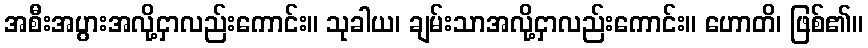
အစီးအပွားအလို့ငှာလည်းကောင်း။ သုခါယ၊ ချမ်းသာအလို့ငှာလည်းကောင်း။ ဟောတိ၊ ဖြစ်၏။